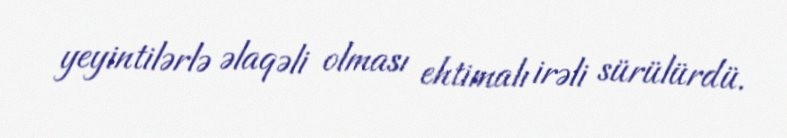
yeyintilərlə əlaqəli olması ehtimalı irəli sürülürdü.